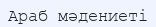
Араб мәдениеті